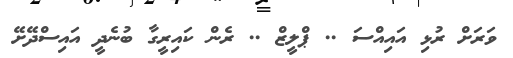
ވަރަށް ރުޅި އައިއްސަ .. ޕްލީޒް .. ރެން ކައިރީގާ ބުނެދީ އައިސްދޭށޭ